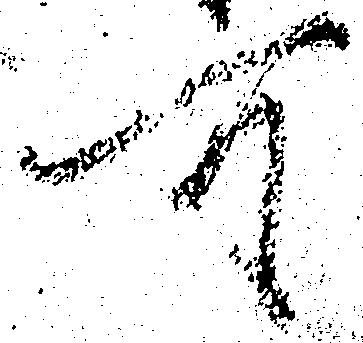
可